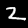
Label: 2